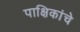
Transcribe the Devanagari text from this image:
पाक्षिकांचे